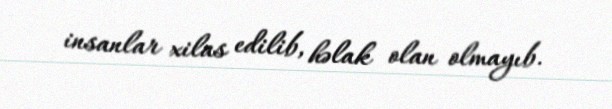
insanlar xilas edilib, həlak olan olmayıb.